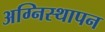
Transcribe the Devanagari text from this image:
अग्निस्थापन